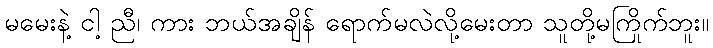
မမေးနဲ့ ငါ့ ညီ၊ ကား ဘယ်အချိန် ရောက်မလဲလို့မေးတာ သူတို့မကြိုက်ဘူး။